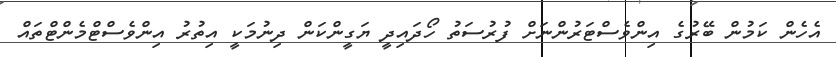
އެހެން ކަމުން ބޭރުގެ އިންވެސްޓަރުންނަށް ފުރުސަތު ހޯދައިދީ ޔަގީންކަން ދިނުމަކީ އިތުރު އިންވެސްޓްމެންޓްތައް